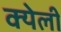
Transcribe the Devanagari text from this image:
क्येली